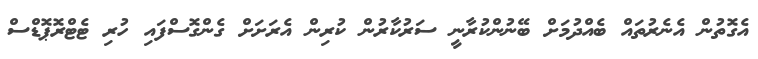
އެގޮތުން އެނެރުތައް ބެއްދުމަށް ބޭނުންކުރާނީ ސަރުކާރުން ކުރިން އެރަށަށް ގެންގޮސްފައި ހުރި ޓެޓްރޮޕޮޑްސް